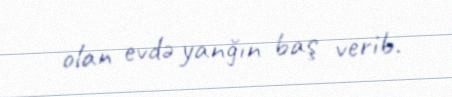
olan evdə yanğın baş verib.